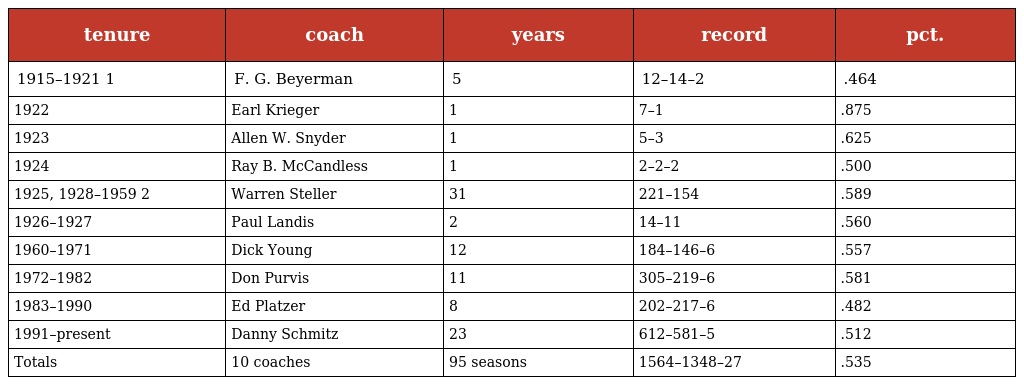
| tenure | coach | years | record | pct. |
 | --- | --- | --- | --- | --- |
 | 1915–1921 1 | F. G. Beyerman | 5 | 12–14–2 | .464 |
 | 1922 | Earl Krieger | 1 | 7–1 | .875 |
 | 1923 | Allen W. Snyder | 1 | 5–3 | .625 |
 | 1924 | Ray B. McCandless | 1 | 2–2–2 | .500 |
 | 1925, 1928–1959 2 | Warren Steller | 31 | 221–154 | .589 |
 | 1926–1927 | Paul Landis | 2 | 14–11 | .560 |
 | 1960–1971 | Dick Young | 12 | 184–146–6 | .557 |
 | 1972–1982 | Don Purvis | 11 | 305–219–6 | .581 |
 | 1983–1990 | Ed Platzer | 8 | 202–217–6 | .482 |
 | 1991–present | Danny Schmitz | 23 | 612–581–5 | .512 |
 | Totals | 10 coaches | 95 seasons | 1564–1348–27 | .535 |